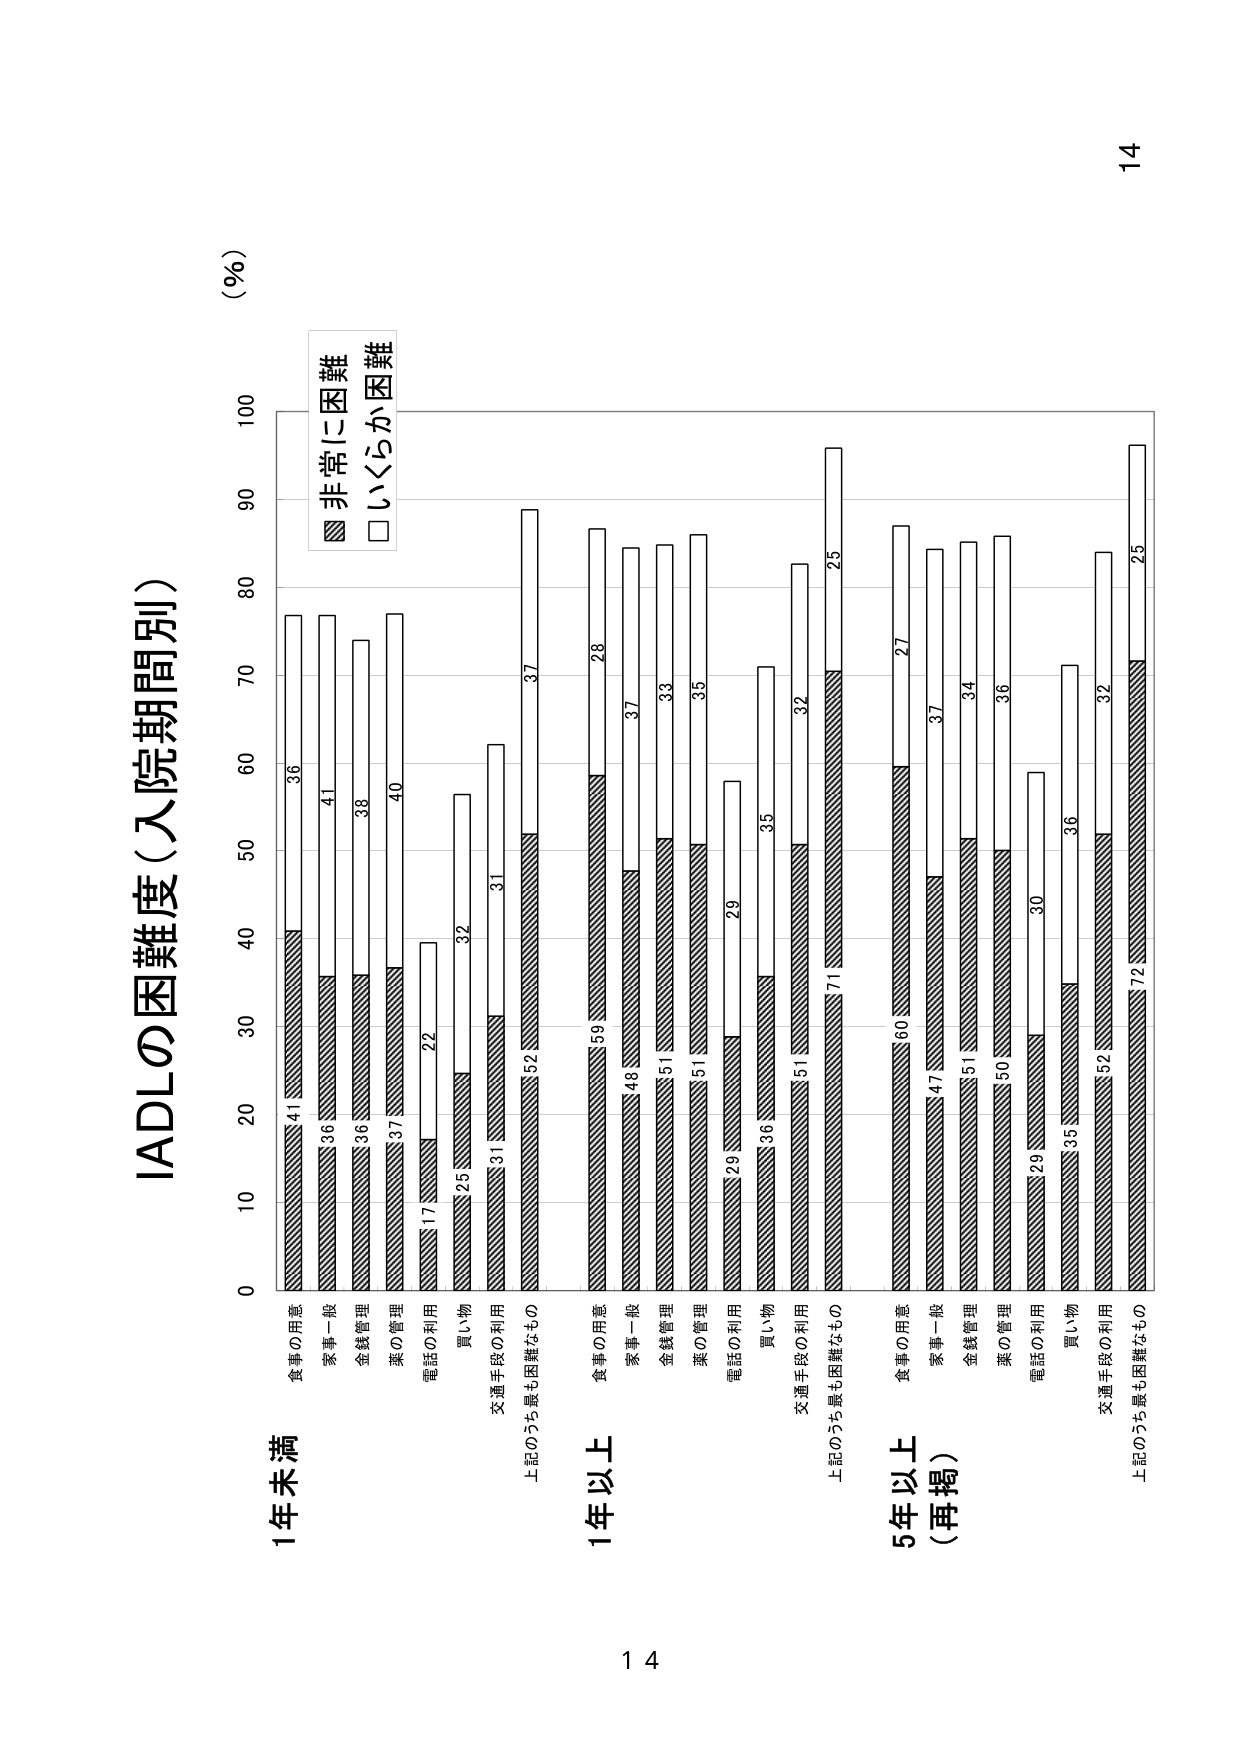
IADLの困難度（入院期間別）

（％）

1年未満
食事の用意 41 36
家事一般 36 41
金銭管理 36 38
薬の管理 37 40
電話の利用 17 22
買い物 25 32
交通手段の利用 31 31
上記のうち最も困難なもの 52 37

1年以上
食事の用意 59 28
家事一般 48 37
金銭管理 51 33
薬の管理 51 35
電話の利用 29 29
買い物 36 35
交通手段の利用 51 32
上記のうち最も困難なもの 71 25

5年以上（再掲）
食事の用意 60 27
家事一般 47 37
金銭管理 51 34
薬の管理 50 36
電話の利用 29 30
買い物 35 36
交通手段の利用 52 32
上記のうち最も困難なもの 72 25

非常に困難
いくらか困難

14